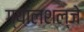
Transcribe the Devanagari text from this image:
ग्यालशल्जे